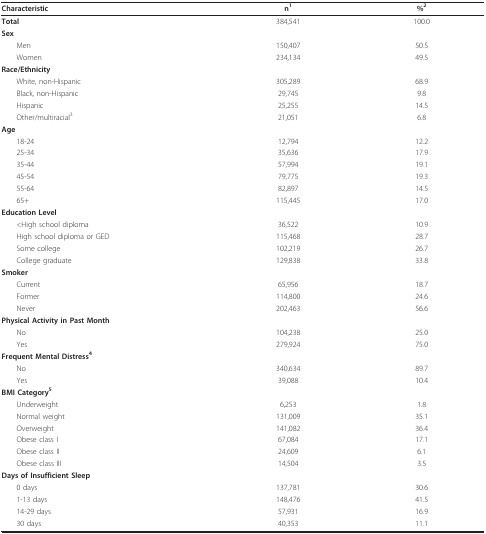
<table><thead><tr><td><b>Characteristic</b></td><td><b>n<sup>1</sup></b></td><td><b>%<sup>2</sup></b></td></tr></thead><tbody><tr><td><b>Total</b></td><td>384,541</td><td>100.0</td></tr><tr><td><b>Sex</b></td><td></td><td></td></tr><tr><td> Men</td><td>150,407</td><td>50.5</td></tr><tr><td> Women</td><td>234,134</td><td>49.5</td></tr><tr><td><b>Race/Ethnicity</b></td><td></td><td></td></tr><tr><td> White, non-Hispanic</td><td>305,289</td><td>68.9</td></tr><tr><td> Black, non-Hispanic</td><td>29,745</td><td>9.8</td></tr><tr><td> Hispanic</td><td>25,255</td><td>14.5</td></tr><tr><td> Other/multiracial<sup>3</sup></td><td>21,051</td><td>6.8</td></tr><tr><td><b>Age</b></td><td></td><td></td></tr><tr><td> 18-24</td><td>12,794</td><td>12.2</td></tr><tr><td> 25-34</td><td>35,636</td><td>17.9</td></tr><tr><td> 35-44</td><td>57,994</td><td>19.1</td></tr><tr><td> 45-54</td><td>79,775</td><td>19.3</td></tr><tr><td> 55-64</td><td>82,897</td><td>14.5</td></tr><tr><td> 65+</td><td>115,445</td><td>17.0</td></tr><tr><td><b>Education Level</b></td><td></td><td></td></tr><tr><td> &lt;High school diploma</td><td>36,522</td><td>10.9</td></tr><tr><td> High school diploma or GED</td><td>115,468</td><td>28.7</td></tr><tr><td> Some college</td><td>102,219</td><td>26.7</td></tr><tr><td> College graduate</td><td>129,838</td><td>33.8</td></tr><tr><td><b>Smoker</b></td><td></td><td></td></tr><tr><td> Current</td><td>65,956</td><td>18.7</td></tr><tr><td> Former</td><td>114,800</td><td>24.6</td></tr><tr><td> Never</td><td>202,463</td><td>56.6</td></tr><tr><td><b>Physical Activity in Past Month</b></td><td></td><td></td></tr><tr><td> No</td><td>104,238</td><td>25.0</td></tr><tr><td> Yes</td><td>279,924</td><td>75.0</td></tr><tr><td><b>Frequent Mental Distress</b><sup><b>4</b></sup></td><td></td><td></td></tr><tr><td> No</td><td>340,634</td><td>89.7</td></tr><tr><td> Yes</td><td>39,088</td><td>10.4</td></tr><tr><td><b>BMI Category</b><sup><b>5</b></sup></td><td></td><td></td></tr><tr><td> Underweight</td><td>6,253</td><td>1.8</td></tr><tr><td> Normal weight</td><td>131,009</td><td>35.1</td></tr><tr><td> Overweight</td><td>141,082</td><td>36.4</td></tr><tr><td> Obese class I</td><td>67,084</td><td>17.1</td></tr><tr><td> Obese class II</td><td>24,609</td><td>6.1</td></tr><tr><td> Obese class III</td><td>14,504</td><td>3.5</td></tr><tr><td><b>Days of Insufficient Sleep</b></td><td></td><td></td></tr><tr><td> 0 days</td><td>137,781</td><td>30.6</td></tr><tr><td> 1-13 days</td><td>148,476</td><td>41.5</td></tr><tr><td> 14-29 days</td><td>57,931</td><td>16.9</td></tr><tr><td> 30 days</td><td>40,353</td><td>11.1</td></tr></tbody></table>